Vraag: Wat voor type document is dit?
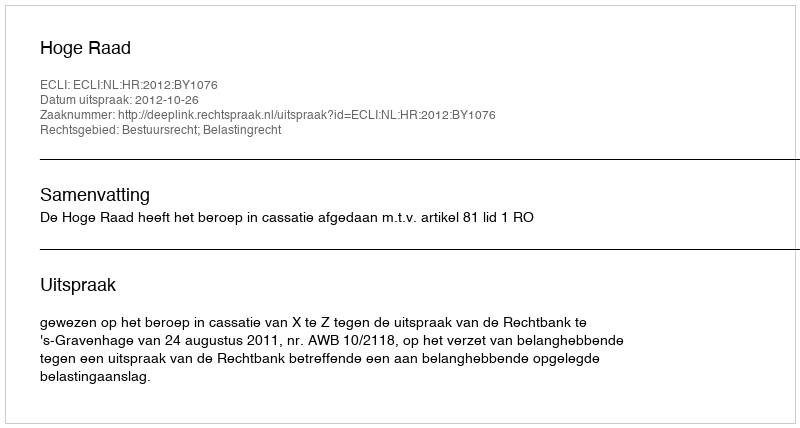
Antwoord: Uitspraak